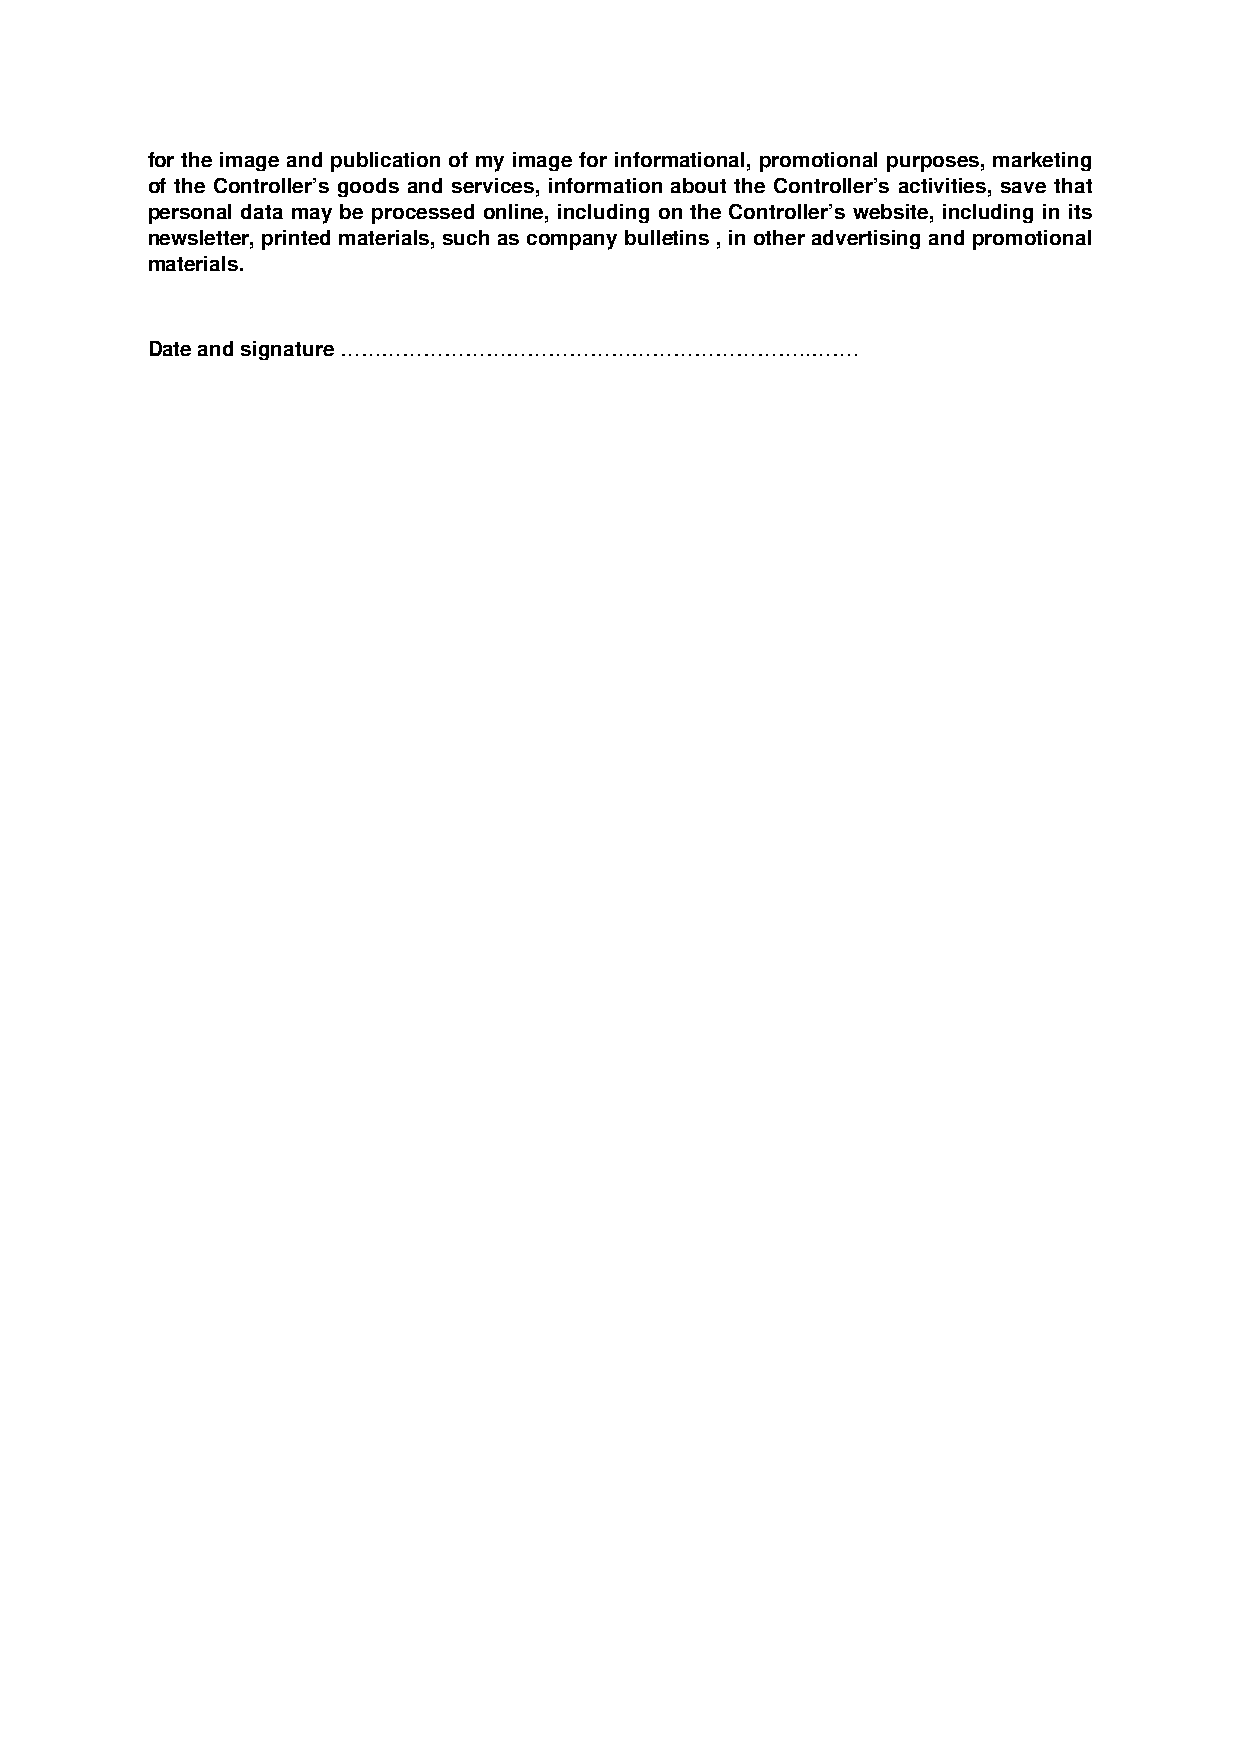
for the image and publication of my image for informational, promotional purposes, marketing
 of the Controller’s goods and services, information about the Controller’s activities, save that
 personal data may be processed online, including on the Controller’s website, including in its
 newsletter, printed materials, such as company bulletins , in other advertising and promotional
 materials.
 Date and signature …………………………………………………………..…….